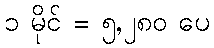
၁ မိုင် = ၅,၂၈၀ ပေ